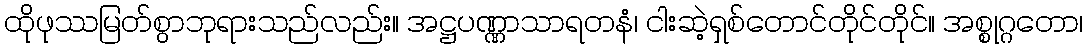
ထိုဖုဿမြတ်စွာဘုရားသည်လည်း။ အဋ္ဌပဏ္ဏာသာရတနံ၊ ငါးဆဲ့ရှစ်တောင်တိုင်တိုင်။ အစ္စုဂ္ဂတော၊